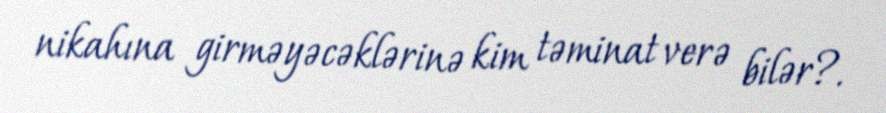
nikahına girməyəcəklərinə kim təminat verə bilər?.